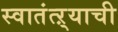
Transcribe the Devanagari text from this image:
स्वातंत्ऱ्याची